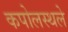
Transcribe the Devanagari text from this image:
कपोलस्थले